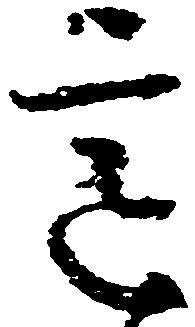
意